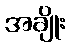
အချိုး